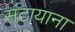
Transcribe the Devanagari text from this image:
संटायाना